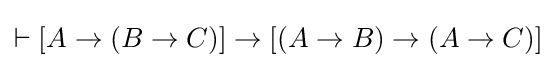
\vdash [A\to (B\to C)]\to [(A\to B)\to (A\to C)]